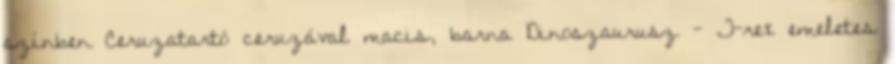
színben Ceruzatartó ceruzával macis, barna Dinoszaurusz - T-rex emeletes